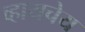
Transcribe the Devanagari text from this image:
व्हायचेय